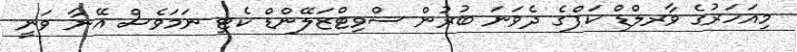
މިއަހަރުގެ ވާރލްޑް ކަޕްގެ ދެވަނަ ބުރުން ސްވިޓްޒަލޭންޑް ކެޓި ނަމަވެސް އޭނާ ވަނީ